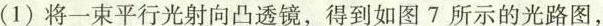
(1)将一束平行光射向凸透镜，得到如图7所示的光路图，